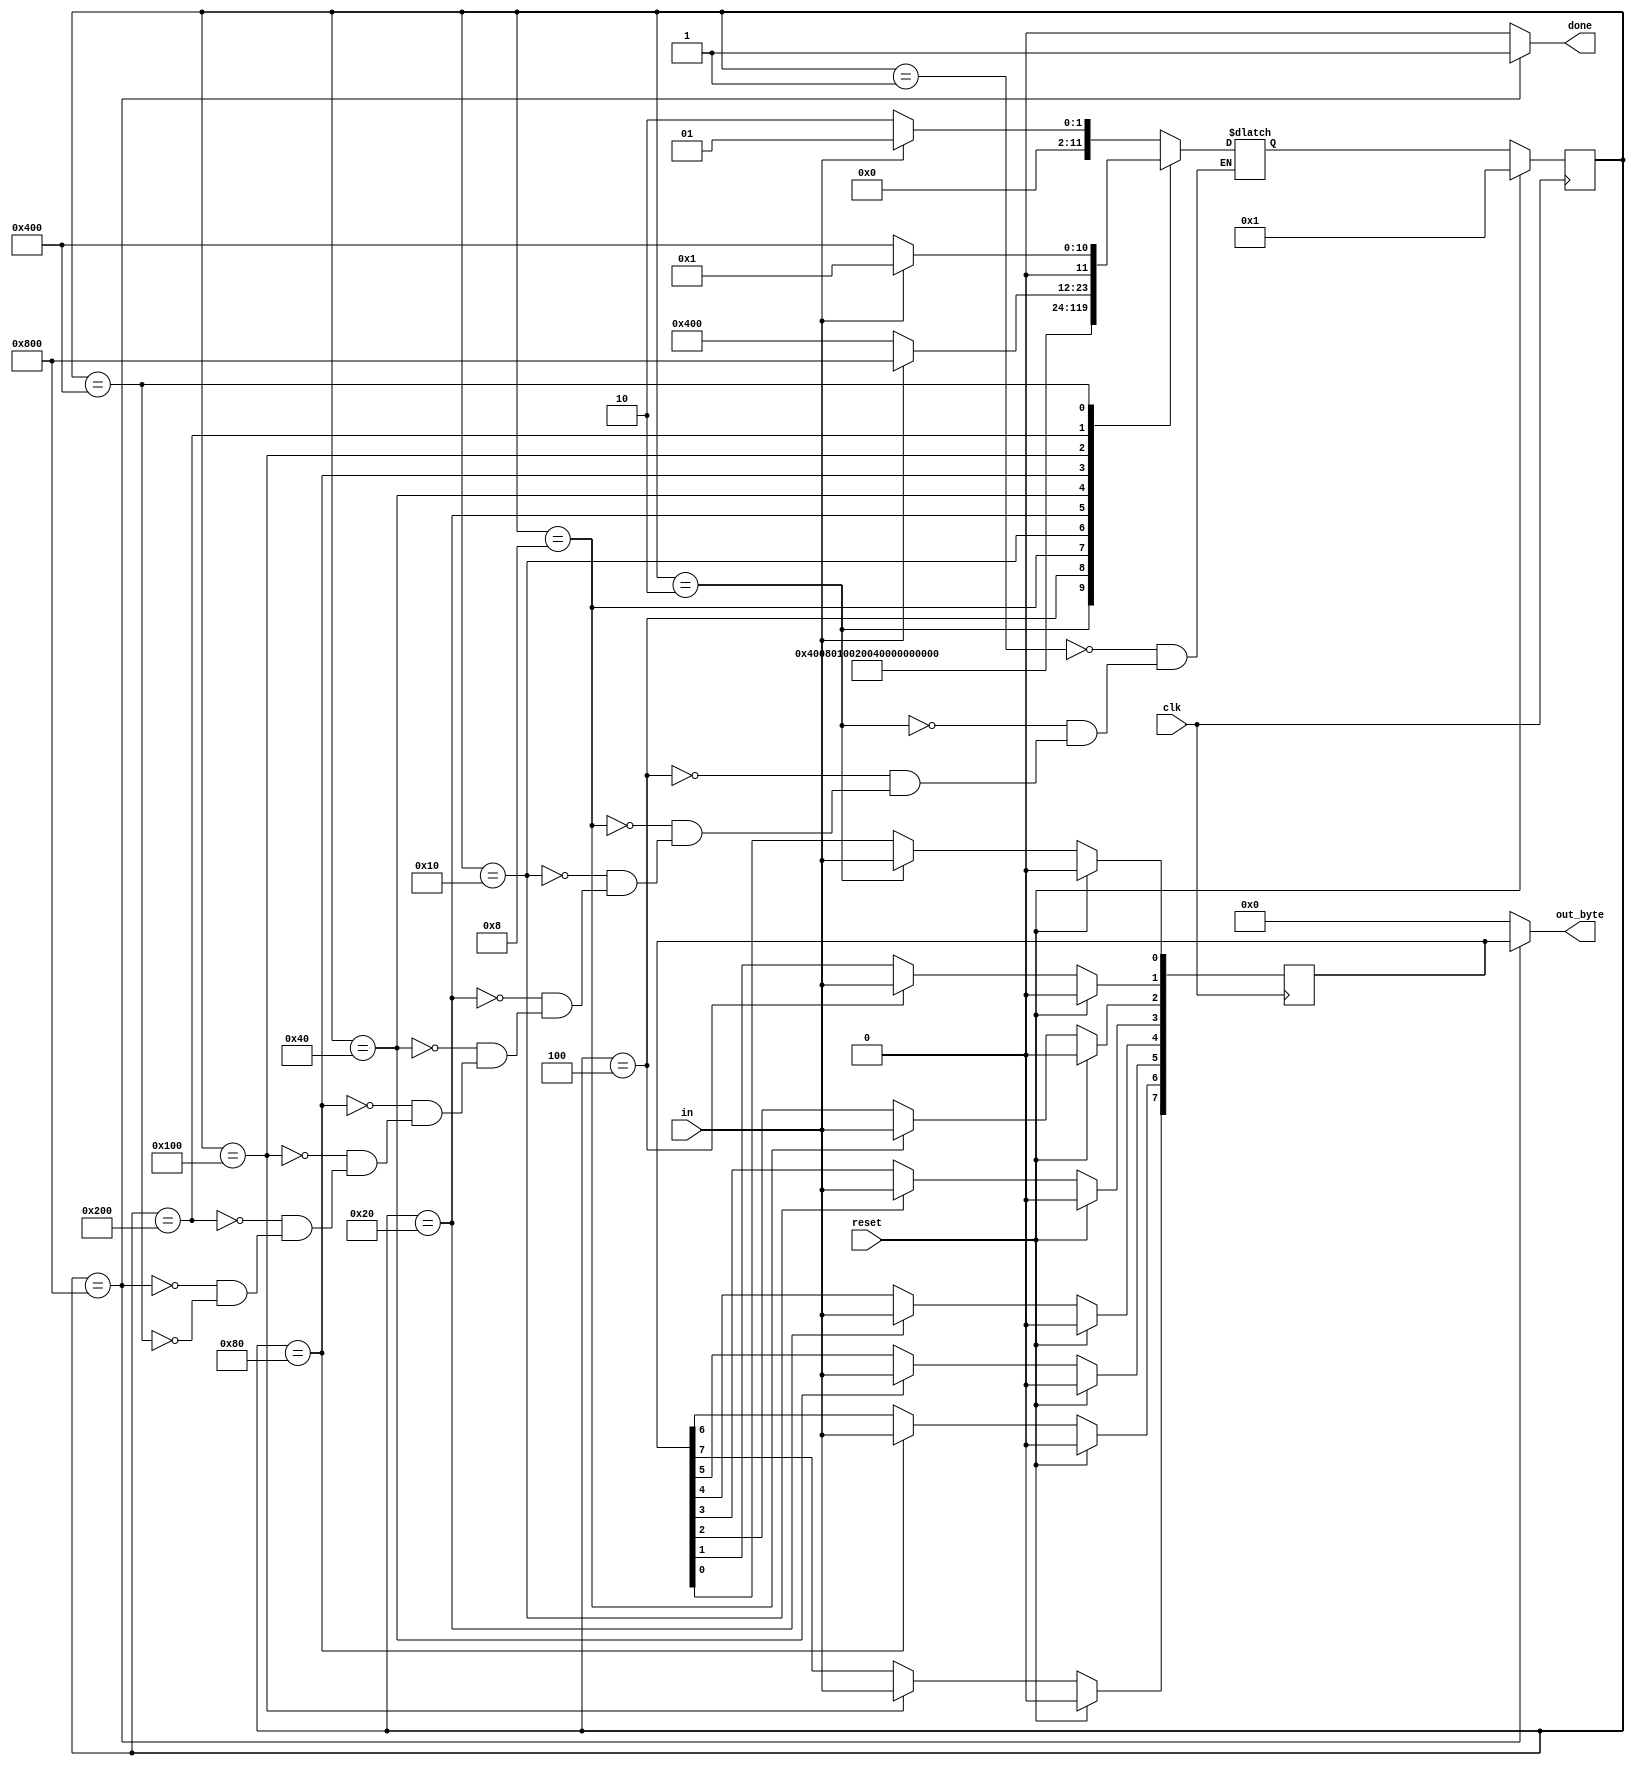
module top_module(
    input clk,
    input in,
    input reset,    // Synchronous reset
    output  [7:0] out_byte,
    output done
); //
    reg [7:0] out_byte1;
    parameter idle=12'b000000_00000_1;
    parameter start=12'b000000_00001_0;
    parameter data1=12'b000000_00010_0;
    parameter data2=12'b000000_00100_0;
    parameter data3=12'b000000_01000_0;
    parameter data4=12'b000000_10000_0;
    parameter data5=12'b000001_00000_0;
    parameter data6=12'b000010_00000_0;
    parameter data7=12'b000100_00000_0;
    parameter data8=12'b001000_00000_0;
    parameter error=12'b01000_00000_00;
    parameter stop=12'b10000_00000_00;
    reg[11:0]state;
    reg [11:0]next;
    always @(posedge clk ) begin
        if (reset) begin
            state<=idle;
        end
        else  begin
            state<=next;
        end
    end
    always @(posedge clk ) begin
        if (reset) begin
            out_byte1<=8'b0;
        end
        else  begin
            case(state)
            start:begin
                out_byte1[0]<=in;
            end
            data1:begin
                out_byte1[1]<=in;
            end
            data2:begin
                out_byte1[2]<=in;
            end
            data3:begin
                out_byte1[3]<=in;
            end
            data4:begin
                out_byte1[4]<=in;
            end
            data5:begin
                out_byte1[5]<=in;
            end
            data6:begin
                out_byte1[6]<=in;
            end
            data7:begin
                out_byte1[7]<=in;
            end
            default:out_byte1<=out_byte1;
            endcase
        end
    end
    always @(*) begin
        case(state)
        idle:next=(in==1'b1)?idle:start;
        start:next=data1;
        data1:next=data2;
        data2:next=data3;
        data3:next=data4;
        data4:next=data5;
        data5:next=data6;
        data6:next=data7;
        data7:next=data8;
        data8:next=(in==1'b1)?stop:error;
        stop:next=(in==1'b0)?start:idle;
        error:next=(in==1'b0)?error:idle;
        endcase
    end
    assign done = (state==stop)?1'b1:1'b0;
    assign out_byte =(state==stop)?out_byte1:8'b0 ;
endmodule